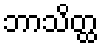
ဘာသိတ္ထ